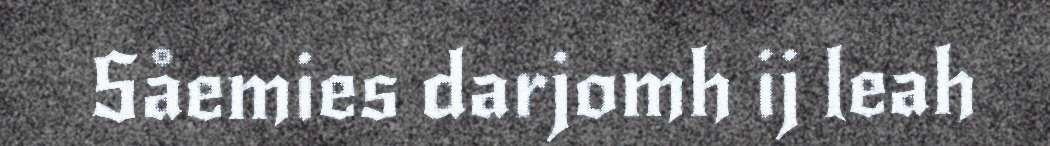
Såemies darjomh ij leah